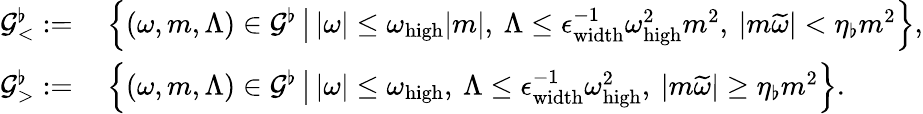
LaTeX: \begin{array}{rl}{\mathcal{G}_{<}^{\flat}:=}&{\: \left\{ (\omega,m,\Lambda)\in\mathcal{G}^{\flat}\, \big|\, |\omega|\leq\omega_{\mathrm{high}}|m|,\: \Lambda\leq\epsilon_{\mathrm{width}}^{-1}\omega_{\mathrm{high}}^{2}m^{2},\: \left|m\widetilde{\omega}\right|<\eta_{\flat}m^{2}\right\} ,}\\ {\mathcal{G}_{>}^{\flat}:=}&{\: \left\{ (\omega,m,\Lambda)\in\mathcal{G}^{\flat}\, \big|\, |\omega|\leq\omega_{\mathrm{high}},\: \Lambda\leq\epsilon_{\mathrm{width}}^{-1}\omega_{\mathrm{high}}^{2},\: \left|m\widetilde{\omega}\right|\geq\eta_{\flat}m^{2}\right\} .}\end{array}